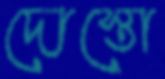
দোস্তো